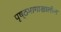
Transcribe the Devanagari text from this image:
पृष्ठभागाखालील